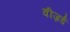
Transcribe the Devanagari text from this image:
वीज़र्ड